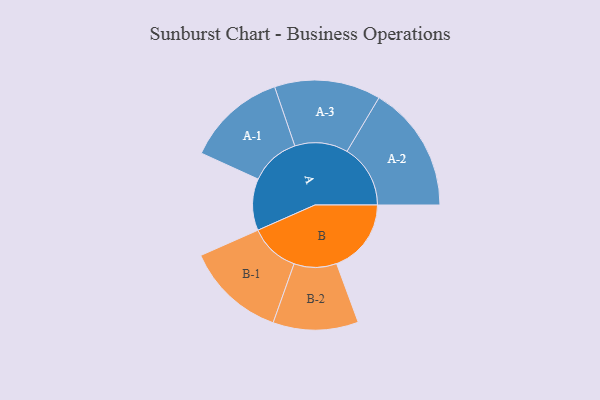
{"axis": {"x": "Segment", "y": "Value"}, "legend": ["", "A", "B"], "data": [{"x": "A", "y": 142, "type": ""}, {"x": "B", "y": 205, "type": ""}, {"x": "A-1", "y": 137, "type": "A"}, {"x": "A-2", "y": 174, "type": "A"}, {"x": "A-3", "y": 146, "type": "A"}, {"x": "B-1", "y": 137, "type": "B"}, {"x": "B-2", "y": 117, "type": "B"}]}